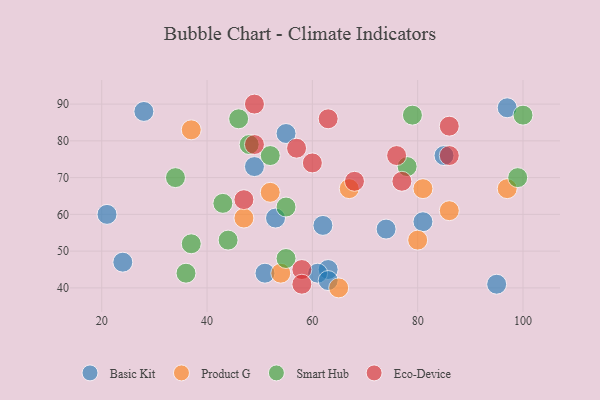
{"axis": {"x": "GDP", "y": "Life Expectancy"}, "legend": ["Basic Kit", "Eco-Device", "Product G", "Smart Hub"], "data": [{"x": "49", "y": 73, "type": "Basic Kit"}, {"x": "24", "y": 47, "type": "Basic Kit"}, {"x": "63", "y": 45, "type": "Basic Kit"}, {"x": "74", "y": 56, "type": "Basic Kit"}, {"x": "85", "y": 76, "type": "Basic Kit"}, {"x": "61", "y": 44, "type": "Basic Kit"}, {"x": "81", "y": 58, "type": "Basic Kit"}, {"x": "97", "y": 89, "type": "Basic Kit"}, {"x": "55", "y": 82, "type": "Basic Kit"}, {"x": "53", "y": 59, "type": "Basic Kit"}, {"x": "95", "y": 41, "type": "Basic Kit"}, {"x": "62", "y": 57, "type": "Basic Kit"}, {"x": "21", "y": 60, "type": "Basic Kit"}, {"x": "51", "y": 44, "type": "Basic Kit"}, {"x": "28", "y": 88, "type": "Basic Kit"}, {"x": "63", "y": 42, "type": "Basic Kit"}, {"x": "37", "y": 83, "type": "Product G"}, {"x": "54", "y": 44, "type": "Product G"}, {"x": "52", "y": 66, "type": "Product G"}, {"x": "47", "y": 59, "type": "Product G"}, {"x": "86", "y": 61, "type": "Product G"}, {"x": "97", "y": 67, "type": "Product G"}, {"x": "80", "y": 53, "type": "Product G"}, {"x": "81", "y": 67, "type": "Product G"}, {"x": "65", "y": 40, "type": "Product G"}, {"x": "67", "y": 67, "type": "Product G"}, {"x": "55", "y": 62, "type": "Smart Hub"}, {"x": "36", "y": 44, "type": "Smart Hub"}, {"x": "37", "y": 52, "type": "Smart Hub"}, {"x": "34", "y": 70, "type": "Smart Hub"}, {"x": "52", "y": 76, "type": "Smart Hub"}, {"x": "79", "y": 87, "type": "Smart Hub"}, {"x": "43", "y": 63, "type": "Smart Hub"}, {"x": "100", "y": 87, "type": "Smart Hub"}, {"x": "78", "y": 73, "type": "Smart Hub"}, {"x": "44", "y": 53, "type": "Smart Hub"}, {"x": "99", "y": 70, "type": "Smart Hub"}, {"x": "46", "y": 86, "type": "Smart Hub"}, {"x": "55", "y": 48, "type": "Smart Hub"}, {"x": "48", "y": 79, "type": "Smart Hub"}, {"x": "57", "y": 78, "type": "Eco-Device"}, {"x": "58", "y": 45, "type": "Eco-Device"}, {"x": "60", "y": 74, "type": "Eco-Device"}, {"x": "49", "y": 90, "type": "Eco-Device"}, {"x": "63", "y": 86, "type": "Eco-Device"}, {"x": "68", "y": 69, "type": "Eco-Device"}, {"x": "47", "y": 64, "type": "Eco-Device"}, {"x": "86", "y": 84, "type": "Eco-Device"}, {"x": "58", "y": 41, "type": "Eco-Device"}, {"x": "77", "y": 69, "type": "Eco-Device"}, {"x": "76", "y": 76, "type": "Eco-Device"}, {"x": "49", "y": 79, "type": "Eco-Device"}, {"x": "86", "y": 76, "type": "Eco-Device"}]}